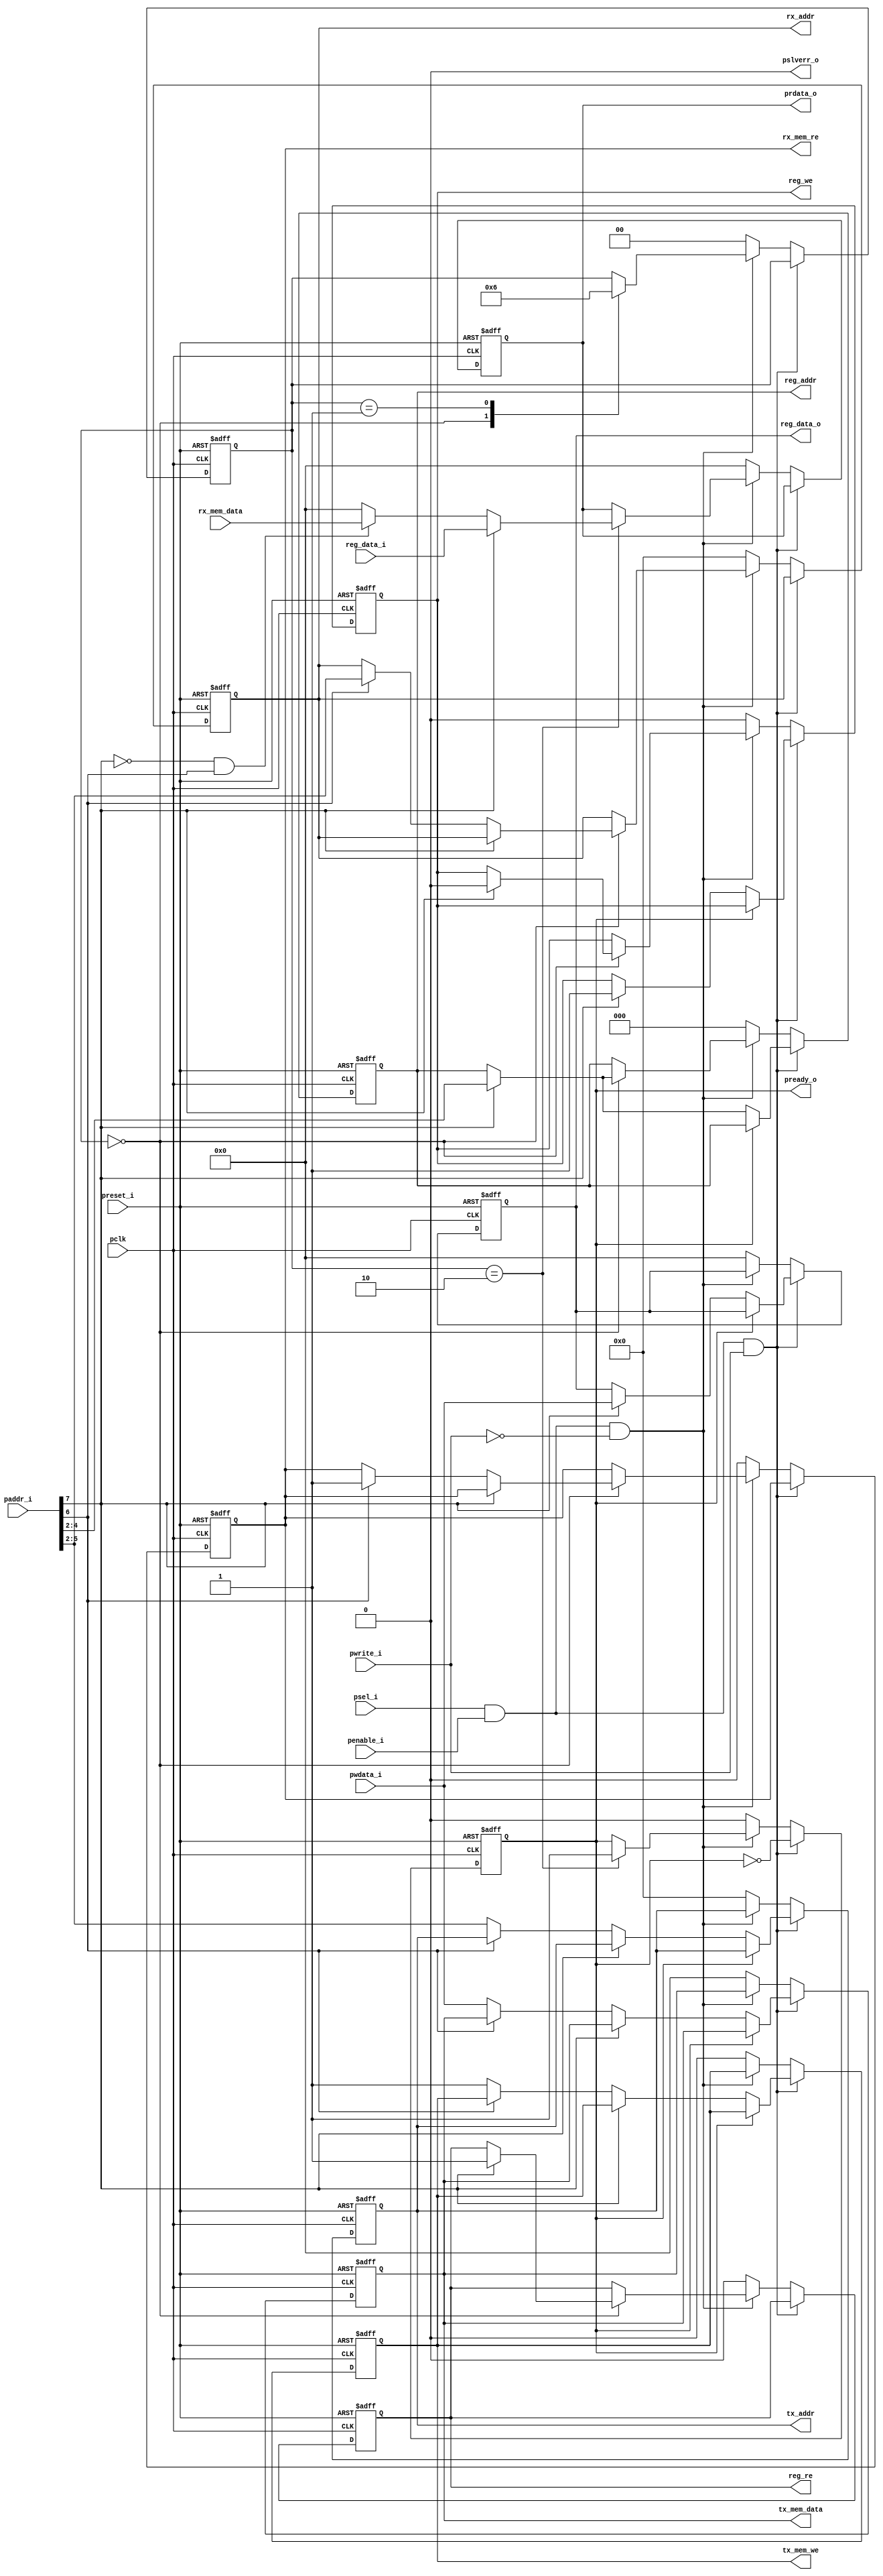
//`timescale 1ns / 1ps
//////////////////////////////////////////////////////////////////////////////////
// Company:
// Engineer:
//
// Design Name:
// Module Name: apb_mem_converter
// Project Name:
// Target Devices:
// Tool Versions:
// Description:
//
// Dependencies:
//
// Revision:
// Revision 0.01 - File Created
// Additional Comments:
//
//////////////////////////////////////////////////////////////////////////////////


module apb_mem_converter

 #  ( parameter addr_width = 12,
      parameter data_width = 32,
      parameter reg_addr_width = 3,
      parameter mem_addr_width = 4
     )

  (
     //Memory interface
     output reg                         reg_we,
     output reg                         reg_re,
     output reg [data_width-1:0]        reg_data_o,
     input      [data_width-1:0]        reg_data_i,
     output reg [reg_addr_width-1:0]    reg_addr,

     output reg                        tx_mem_we,
     output reg [data_width-1:0]       tx_mem_data,
     output reg [mem_addr_width-1:0]   tx_addr,

     output reg                        rx_mem_re,
     input      [data_width-1:0]       rx_mem_data,
     output reg [mem_addr_width-1:0]   rx_addr,
         // SLAVE PORT (PULPino interface)
     input                              pclk,
     input                              preset_i,
     input                              psel_i,
     input                              penable_i,
     input                              pwrite_i,
     input      [addr_width-1:0]        paddr_i,
     input      [data_width-1:0]        pwdata_i,
     output reg [data_width-1:0]        prdata_o,
     output reg                         pready_o,
     output                             pslverr_o
   );

  assign pslverr_o = 1'b0 ;// pulling it to zero , as it is not supported here
  reg [1:0] read_state ;
  parameter init = 2'b00 , do_nothing = 2'b01 , read_data = 2'b10 ;


   always @(posedge pclk or negedge preset_i)
   begin
      if(~preset_i)
       begin
		  read_state <= init ;

          reg_re       <= 0;
		  reg_we       <= 0;
		  reg_data_o   <= 0;
		  reg_addr     <= 0;

          tx_mem_we    <= 0;
          tx_addr      <= 0;
          tx_mem_data  <= 0;

          rx_mem_re    <= 0;
		  rx_addr      <= 0;

          pready_o     <= 0;
          prdata_o     <= 0;
       end
      else if (psel_i && penable_i && pwrite_i) // write state
      begin
          pready_o <= ~pready_o ; // pready will be 1'b1 next C/Cs , so it takes 2 C/Cs
          if (~pready_o)// writing data to the memory interface
            begin
              if (paddr_i[7]==1) // reg file , let all of it R/W for now
              begin
                  reg_we     <= 1;
                  reg_addr   <= paddr_i[4:2];
                  reg_data_o <= pwdata_i ;
              end
              else if (paddr_i[6]==0)
              begin // writing to TX mem
                  tx_mem_we   <= 1 ;
                  tx_addr     <= paddr_i[5:2];
                  tx_mem_data <= pwdata_i ;
              end
          end
      end
      else if  (psel_i && penable_i && ~pwrite_i) //read state
      begin
		case(read_state)
			init :
                begin
		          read_state <= do_nothing ;

		             if (paddr_i[7]==1) // reg file , let all of it R/W for now
                        begin
                            reg_we <= 0;
                            reg_re <= 1;
                            reg_addr <= paddr_i[4:2];
                        end
                        else if (paddr_i[6]==1) // reading from RX memory
                        begin
                            rx_mem_re <= 1 ;
                            rx_addr <= paddr_i[5:2];
                        end
                end
			do_nothing :
                begin
		          	read_state <= read_data ;
                end
			read_data :
                begin
		          pready_o <= 1'b1 ;
		          if (paddr_i[7]==1)//getting data from register file
                        begin
                            prdata_o <= reg_data_i;
                        end
                        else if (paddr_i[7]==0 && paddr_i[6]==1)// read from RX mem
                        begin
                            prdata_o <= rx_mem_data ;
                        end
                        else // reading from not allwoed place
                        begin
                            prdata_o <= 32'b0 ; // make it unknown for now
                        end
                end
		endcase
      end
      else
      begin
		  read_state <= init ;
          reg_re       <= 0;
		  reg_we       <= 0;
		  reg_data_o   <= 0;
		  reg_addr     <= 0;

          tx_mem_we    <= 0;
          tx_addr      <= 0;
          tx_mem_data  <= 0;

          rx_mem_re    <= 0;
		  rx_addr      <= 0;

          pready_o     <= 0;
          prdata_o     <= 0;
      end
   end

endmodule